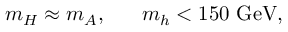
m _ { H } \approx m _ { A } , ~ ~ \quad m _ { h } < 1 5 0 ~ \mathrm { G e V } ,